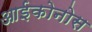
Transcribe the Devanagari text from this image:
आईकोनोस